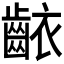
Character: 𬹶